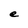
Character: e